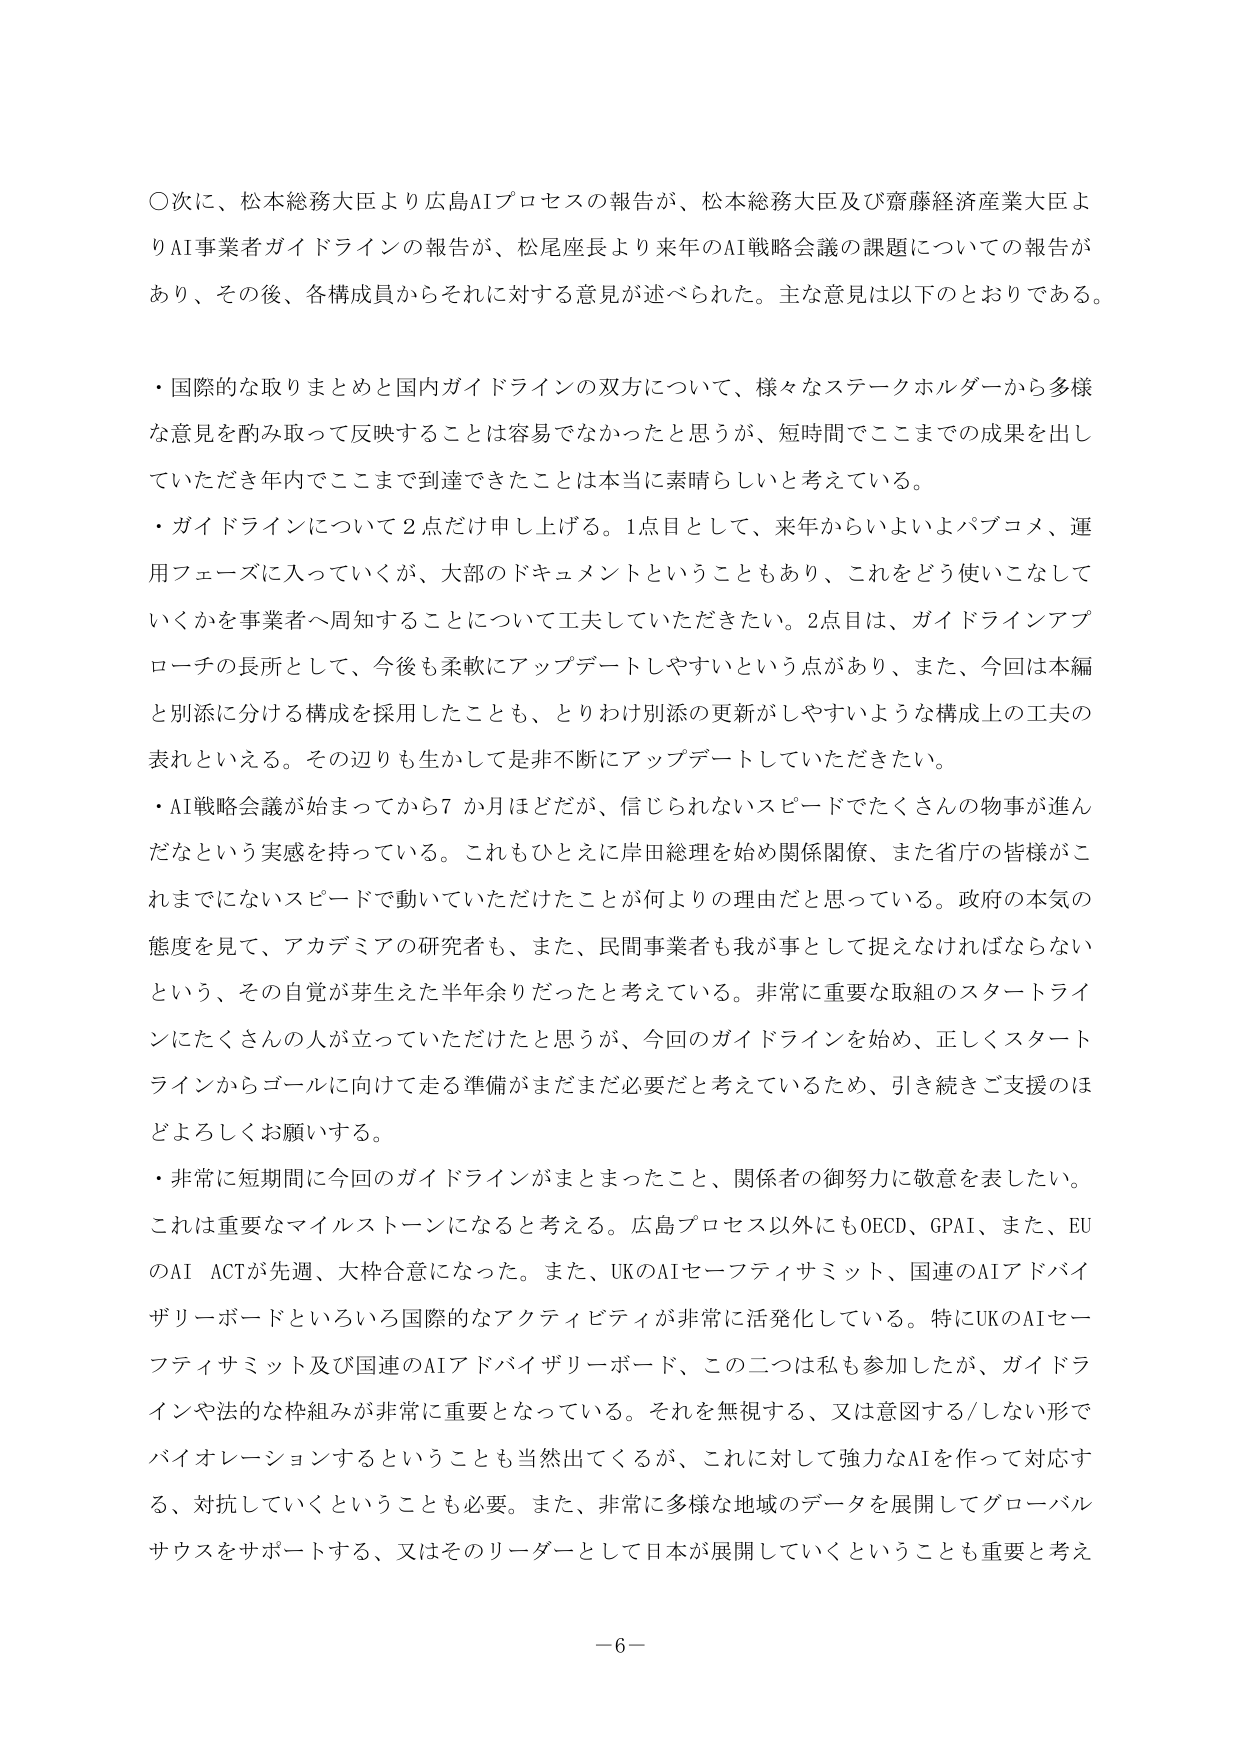
○次に、松本総務大臣より広島AIプロセスの報告が、松本総務大臣及び齋藤経済産業大臣よりAI事業者ガイドラインの報告が、松尾座長より来年のAI戦略会議の課題についての報告があり、その後、各構成員からそれに対する意見が述べられた。主な意見は以下のとおりである。

・国際的な取りまとめと国内ガイドラインの双方について、様々なステークホルダーから多様な意見を酌み取って反映することは容易でなかったと思うが、短時間でここまでの成果を出していただき年内でここまで到達できたことは本当に素晴らしいと考えている。

・ガイドラインについて2点だけ申し上げる。1点目として、来年からいよいよパブコメ、運用フェーズに入っていくが、大部のドキュメントということもあり、これをどう使いこなしていくかを事業者へ周知することについて工夫していただきたい。2点目は、ガイドラインアプローチの長所として、今後も柔軟にアップデートしやすいという点があり、また、今回は本編と別添に分ける構成を採用したことも、とりわけ別添の更新がしやすいような構成上の工夫の表れといえる。その辺りも生かして是非不断にアップデートしていただきたい。

・AI戦略会議が始まってから7か月ほどだが、信じられないスピードでたくさんの物事が進んだなという実感を持っている。これもひとえに岸田総理を始め関係閣僚、また省庁の皆様がこれまでにないスピードで動いていただけたことが何よりの理由だと思っている。政府の本気の態度を見て、アカデミアの研究者も、また、民間事業者も我が事として捉えなければならないという、その自覚が芽生えた半年余りだったと考えている。非常に重要な取組のスタートラインにたくさんの人が立っていただけたと思うが、今回のガイドラインを始め、正しくスタートラインからゴールに向けて走る準備がまだまだ必要だと考えているため、引き続きご支援のほどよろしくお願いする。

・非常に短期間に今回のガイドラインがまとまったこと、関係者の御努力に敬意を表したい。これは重要なマイルストーンになると考える。広島プロセス以外にもOECD、GPAI、また、EUのAI ACTが先週、大枠合意になった。また、UKのAIセーフティサミット、国連のAIアドバイザリーボードといろいろな国際的なアクティビティが非常に活発化している。特にUKのAIセーフティサミット及び国連のAIアドバイザリーボード、この二つは私も参加したが、ガイドラインや法的な枠組みが非常に重要となっている。それを無視する、又は意図する/しない形でバイオレーションするということも当然出てくるが、これに対して強力なAIを作って対応する、対抗していくということも必要。また、非常に多様な地域のデータを展開してグローバルサウスをサポートする、又はそのリーダーとして日本が展開していくということも重要と考え

－6－